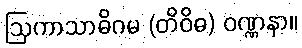
ဩကာသာဓိဂမ (တိဝိဓ) ဝဏ္ဏနာ။